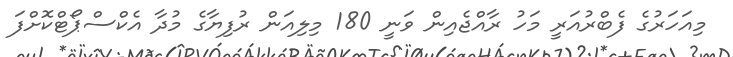
މިއަހަރުގެ ފެބްރުއަރީ މަހު ރާއްޖެއިން ވަނީ 180 މިލިއަން ރުފިޔާގެ މުދާ އެކްސްޕޯޓްކޮށްފަ